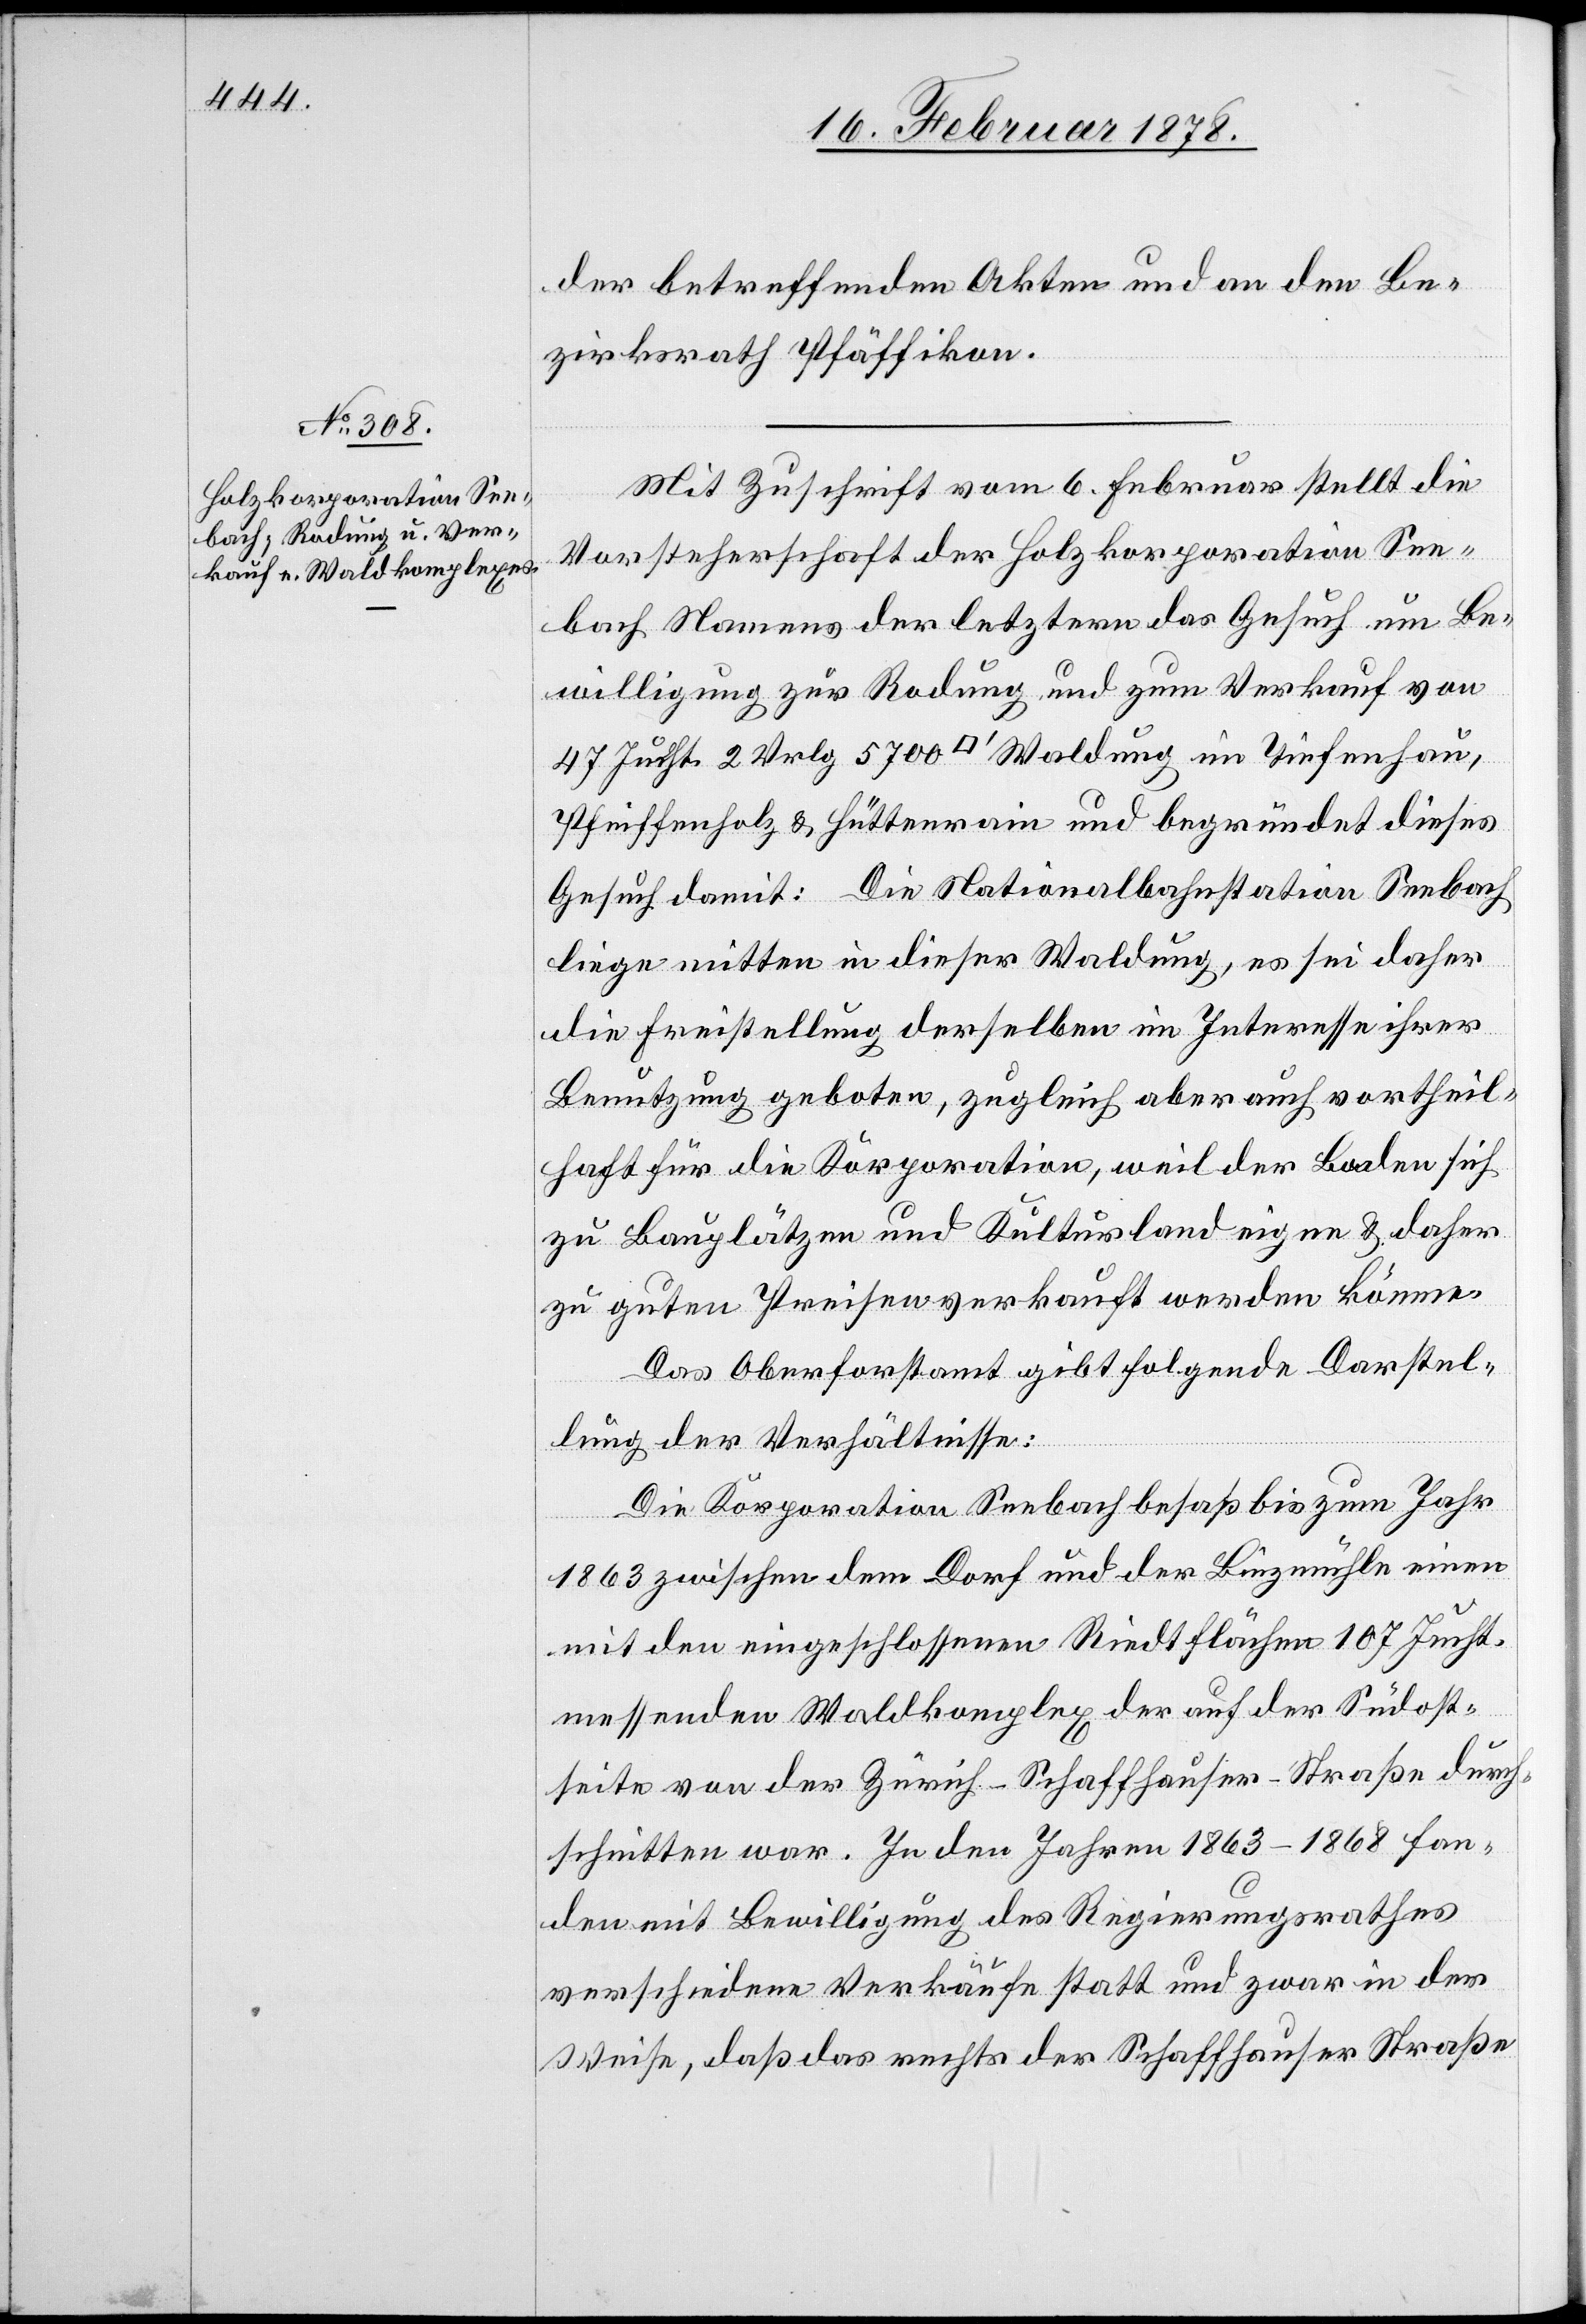
der betreffenden Akten und an den Be¬
zirksrath Pfäffikon.
Mit Zuschrift vom 6. Februar stellt die
Vorsteherschaft der Holzkorporation See¬
bach Namens der letztern das Gesuch um Be¬
willigung zur Rodung und zum Verkauf von
47 Jucht. 2 Vrlg 5700 [Quadratfuß] Waldung im Tiefenhau,
Pfeiffenholz & Hüttenrain und begründet dieses
Gesuch damit: Die Nationalbahnstation Seebach
liege mitten in dieser Waldung, es sei daher
die Freistellung derselben im Interesse ihrer
Benutzung geboten, zugleich aber auch vortheil¬
haft für die Korporation, weil der Boden sich
zu Bauplätzen und Kulturland eigne & daher
zu guten Preisen verkauft werden könne.
Das Oberforstamt gibt folgende Darstel¬
lung der Verhältnisse:
Die Korporation Seebach besaß bis zum Jahr
1863 zwischen dem Dorf und der Binzmühle einen
mit den eingeschlossenen Riedtflächen 107 Jucht.
messenden Waldkomplex der auf der Südost¬
seite von der Zürich–Schaffhauser-Straße durch¬
schnitten war. In den Jahren 1863–1868 fan¬
den mit Bewilligung des Regierungsrathes
verschiedene Verkäufe statt und zwar in der
Weise, daß das rechts der Schaffhauser Straße